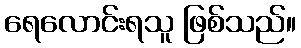
ရေလောင်းရသူ ဖြစ်သည်။